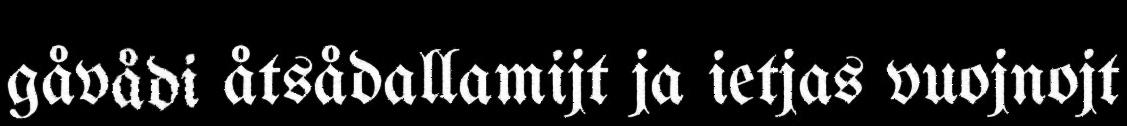
gåvådi åtsådallamijt ja ietjas vuojnojt